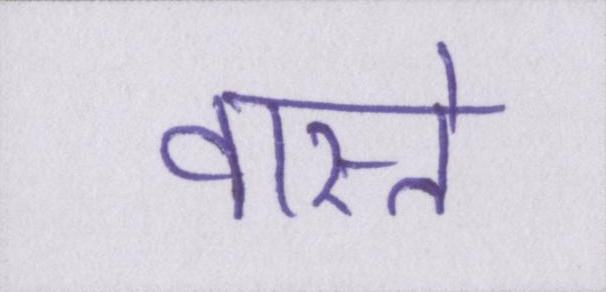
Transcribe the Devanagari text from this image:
वास्ते